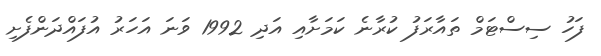
ފަހު ސިސްޓަމް ތައާރަފު ކުރާނެ ކަމަށާއި އަދި 1992 ވަނަ އަހަރު އުފައްދަންފެށި